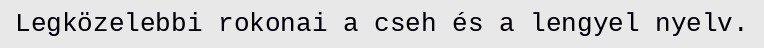
Legközelebbi rokonai a cseh és a lengyel nyelv.